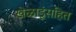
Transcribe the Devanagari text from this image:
खेळाडूंसहित